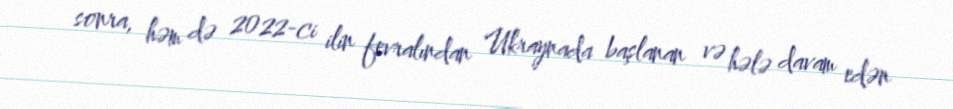
sonra, həm də 2022-ci ilin fevralından Ukraynada başlanan və hələ davam edən